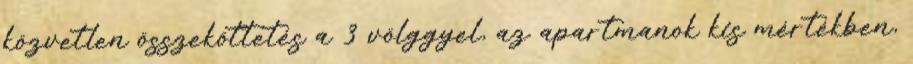
közvetlen összeköttetés a 3 völggyel, az apartmanok kis mértékben,